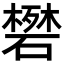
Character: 𬒟